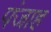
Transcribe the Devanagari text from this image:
पंजाह